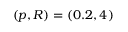
( p , R ) = ( 0 . 2 , 4 )